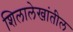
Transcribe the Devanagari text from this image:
शिलालेखांतील